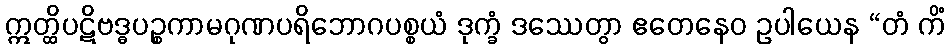
ဣတ္ထိပဋိဗဒ္ဓပဉ္စကာမဂုဏပရိဘောဂပစ္စယံ ဒုက္ခံ ဒဿေတွာ ဧတေနေဝ ဥပါယေန “တံ ကိံ